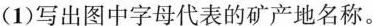
(1)写出图中字母代表的矿产地名称。